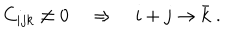
C _ { i j k } \neq 0 \quad \Rightarrow \quad i + j \rightarrow \bar { k } \; .